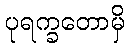
ပုရက္ခတောမှိ